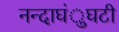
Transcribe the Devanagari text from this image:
नन्दाघंुघटी